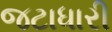
જટાધારી